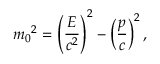
m _ { 0 } { } ^ { 2 } = \left( { \frac { E } { c ^ { 2 } } } \right) ^ { 2 } - \left( { \frac { p } { c } } \right) ^ { 2 } ,